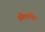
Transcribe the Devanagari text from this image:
स्कैफपैड